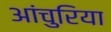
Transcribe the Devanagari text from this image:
आंचुरिया